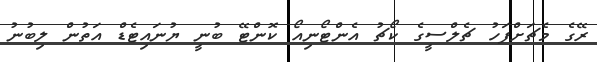
ރޭގެ މެޗަށްފަހު ޗެލްސީގެ ކޯޗު އެންޓޯނިއޯ ކޮންޓޭ ބުނީ ޔުނައިޓެޑް އަތުން ލިބުނު